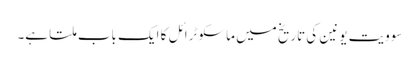
سوویت یونین کی تاریخ میں ماسکو ٹرائل کا ایک باب ملتا ہے۔